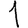
Digit: 1